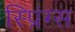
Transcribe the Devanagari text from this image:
स्प्रिंग्‍स